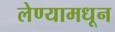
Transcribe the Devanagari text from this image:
लेण्यामधून